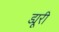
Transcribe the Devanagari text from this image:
ड्यूरी